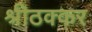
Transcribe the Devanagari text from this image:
श्रीठक्कर